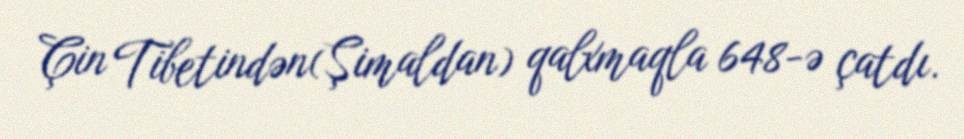
Çin Tibetindən(Şimaldan) qalxmaqla 648-ə çatdı.